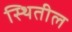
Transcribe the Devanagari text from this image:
स्थितील